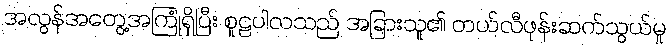
အလွန်အတွေ့အကြုံရှိပြီး စူဠပါလသည် အခြားသူ၏ တယ်လီဖုန်းဆက်သွယ်မှု